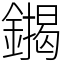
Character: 䥟